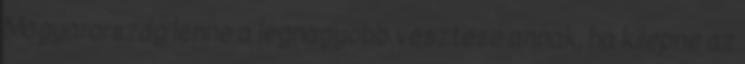
Magyarország lenne a legnagyobb vesztese annak, ha kilépne az